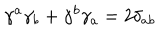
\gamma ^ { a } \gamma _ { b } + \gamma ^ { b } \gamma _ { a } = 2 \delta _ { a b }